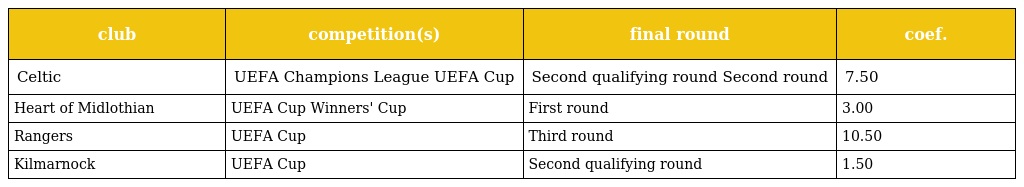
| club | competition(s) | final round | coef. |
 | --- | --- | --- | --- |
 | Celtic | UEFA Champions League UEFA Cup | Second qualifying round Second round | 7.50 |
 | Heart of Midlothian | UEFA Cup Winners' Cup | First round | 3.00 |
 | Rangers | UEFA Cup | Third round | 10.50 |
 | Kilmarnock | UEFA Cup | Second qualifying round | 1.50 |